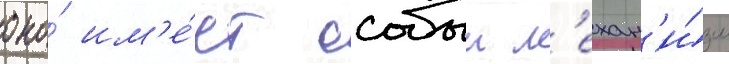
оно́ им'е́ет особыи м'ехан'и́зм